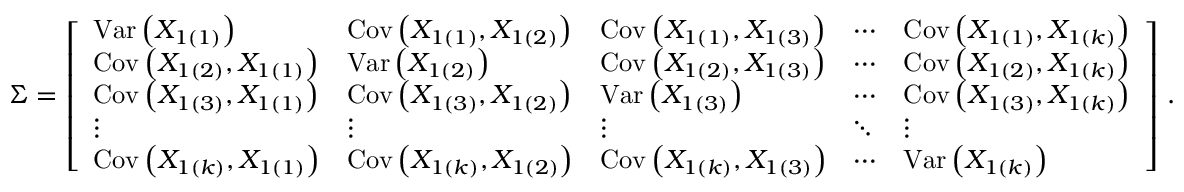
{ \boldsymbol { \Sigma } } = { \left[ \begin{array} { l l l l l } { { \operatorname { V a r } \left( X _ { 1 ( 1 ) } \right) } } & { \operatorname { C o v } \left( X _ { 1 ( 1 ) } , X _ { 1 ( 2 ) } \right) } & { \operatorname { C o v } \left( X _ { 1 ( 1 ) } , X _ { 1 ( 3 ) } \right) } & { \cdots } & { \operatorname { C o v } \left( X _ { 1 ( 1 ) } , X _ { 1 ( k ) } \right) } \\ { \operatorname { C o v } \left( X _ { 1 ( 2 ) } , X _ { 1 ( 1 ) } \right) } & { \operatorname { V a r } \left( X _ { 1 ( 2 ) } \right) } & { \operatorname { C o v } \left( X _ { 1 ( 2 ) } , X _ { 1 ( 3 ) } \right) } & { \cdots } & { \operatorname { C o v } \left( X _ { 1 ( 2 ) } , X _ { 1 ( k ) } \right) } \\ { \operatorname { C o v } \left( X _ { 1 ( 3 ) } , X _ { 1 ( 1 ) } \right) } & { \operatorname { C o v } \left( X _ { 1 ( 3 ) } , X _ { 1 ( 2 ) } \right) } & { \operatorname { V a r } \left( X _ { 1 ( 3 ) } \right) } & { \cdots } & { \operatorname { C o v } \left( X _ { 1 ( 3 ) } , X _ { 1 ( k ) } \right) } \\ { \vdots } & { \vdots } & { \vdots } & { \ddots } & { \vdots } \\ { \operatorname { C o v } \left( X _ { 1 ( k ) } , X _ { 1 ( 1 ) } \right) } & { \operatorname { C o v } \left( X _ { 1 ( k ) } , X _ { 1 ( 2 ) } \right) } & { \operatorname { C o v } \left( X _ { 1 ( k ) } , X _ { 1 ( 3 ) } \right) } & { \cdots } & { \operatorname { V a r } \left( X _ { 1 ( k ) } \right) } \end{array} \right] } ~ .